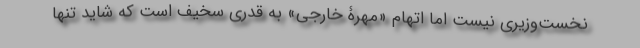
نخست‌وزیری نیست اما اتهام «مهرۀ خارجی» به قدری سخیف است که شاید تنها